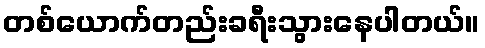
တစ်ယောက်တည်းခရီးသွားနေပါတယ်။